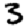
Digit: 3